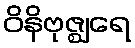
ဝိနိဗုဇ္ဈရေ